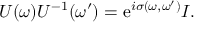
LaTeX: U ( \omega ) U ^ { - 1 } ( \omega ^ { \prime } ) = \mathrm { e } ^ { i \sigma ( \omega , \omega ^ { \prime } ) } I .